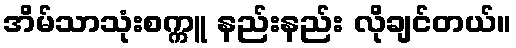
အိမ်သာသုံးစက္ကူ နည်းနည်း လိုချင်တယ်။